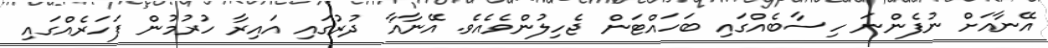
އޭނާއަށް ނުފެންނަ ހިސާބެއްގައި ބަހައްޓަން ޖެހިލުންވެއެވެ. އޭނާއާ ދުރުގައި އައިރާ ހުރުމުން ފަހަރެއްގައި